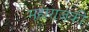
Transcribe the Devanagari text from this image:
महाराजकी